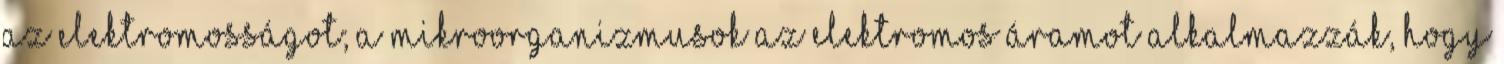
az elektromosságot; a mikroorganizmusok az elektromos áramot alkalmazzák, hogy